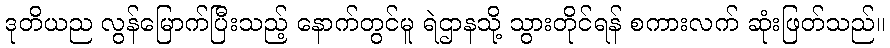
ဒုတိယည လွန်မြောက်ပြီးသည့် နောက်တွင်မူ ရဲဌာနသို့ သွားတိုင်ရန် စကားလက် ဆုံးဖြတ်သည်။